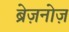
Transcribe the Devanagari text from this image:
ब्रेज़नोज़